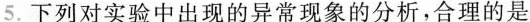
5.下列对实验中出现的异常现象的分析，合理的是